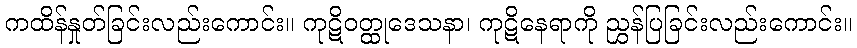
ကထိန်နှုတ်ခြင်းလည်းကောင်း။ ကုဋိဝတ္ထုဒေသနာ၊ ကုဋိနေရာကို ညွှန်ပြခြင်းလည်းကောင်း။